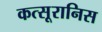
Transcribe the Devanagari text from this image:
कत्सूरानिस